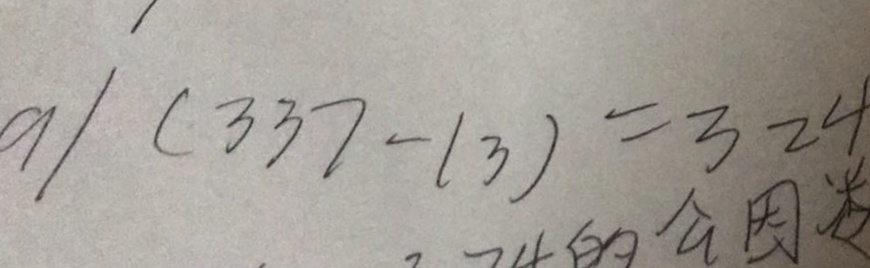
a \vert ( 3 3 7 - 1 3 ) = 3 2 4